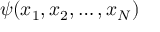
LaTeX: \psi ( x _ { 1 } , x _ { 2 } , \dots , x _ { N } )